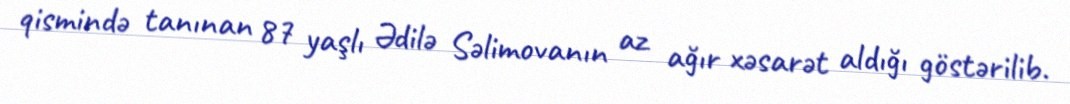
qismində tanınan 87 yaşlı Ədilə Səlimovanın az ağır xəsarət aldığı göstərilib.